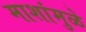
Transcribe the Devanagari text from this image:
माशांमुळे